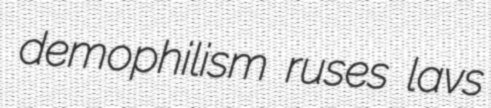
demophilism ruses lavs